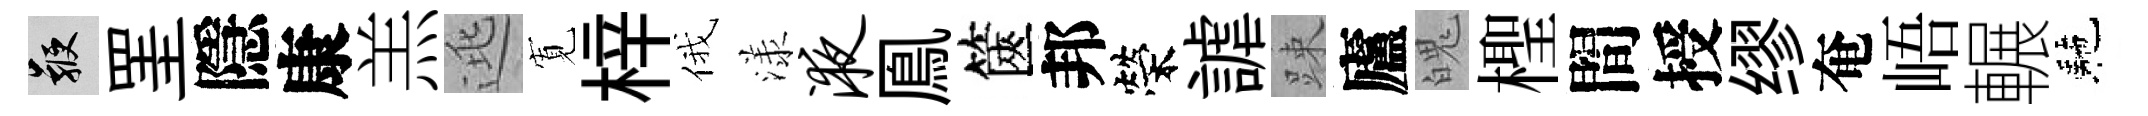
鞭罣隱康羔逃𡩖梓俄漾液鳯篋邦榮謔踈廬魄檉間授缪奄峿輾駰